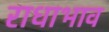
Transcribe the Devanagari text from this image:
राधाभाव